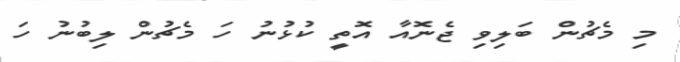
މި މެޗުން ބަލިވި ޖެނޮއާ އޮތީ ކުޅުނު ހަ މެޗުން ލިބުނު ހަ